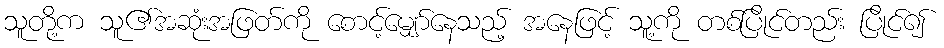
သူတို့က သူ၏အဆုံးအဖြတ်ကို စောင့်မျှော်နေသည့် အနေဖြင့် သူ့ကို တစ်ပြိုင်တည်း ပြိုင်၍